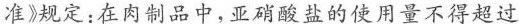
准》规定：在肉制品中，亚硝酸盐的使用量不得超过